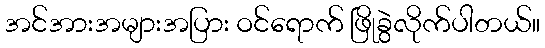
အင်အားအများအပြား ဝင်ရောက် ဖြိုခွဲလိုက်ပါတယ်။